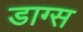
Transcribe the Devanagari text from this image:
डाग्स